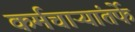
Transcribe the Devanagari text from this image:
कर्मचाऱ्यांतर्फे